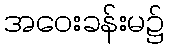
အဝေးခန်းမ၌